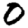
Digit: 0